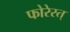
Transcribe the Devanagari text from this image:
फोरेस्त्